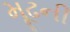
મૂઢની